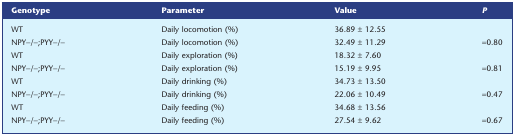
<table><thead><tr><td><b>Genotype</b></td><td><b>Parameter</b></td><td><b>Value</b></td><td><b><i>P</i></b></td></tr></thead><tbody><tr><td>WT</td><td>Daily locomotion (%)</td><td>36.89 ± 12.55</td><td></td></tr><tr><td>NPY−/−;PYY−/−</td><td>Daily locomotion (%)</td><td>32.49 ± 11.29</td><td>=0.80</td></tr><tr><td>WT</td><td>Daily exploration (%)</td><td>18.32 ± 7.60</td><td></td></tr><tr><td>NPY−/−;PYY−/−</td><td>Daily exploration (%)</td><td>15.19 ± 9.95</td><td>=0.81</td></tr><tr><td>WT</td><td>Daily drinking (%)</td><td>34.73 ± 13.50</td><td></td></tr><tr><td>NPY−/−;PYY−/−</td><td>Daily drinking (%)</td><td>22.06 ± 10.49</td><td>=0.47</td></tr><tr><td>WT</td><td>Daily feeding (%)</td><td>34.68 ± 13.56</td><td></td></tr><tr><td>NPY−/−;PYY−/−</td><td>Daily feeding (%)</td><td>27.54 ± 9.62</td><td>=0.67</td></tr></tbody></table>